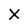
Character: X